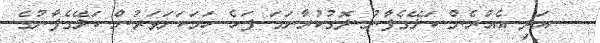
އަދި އެއުރެން ކަލޭގެފާނު ދޮގުކުރާނަމަ ފަހެ ހަމަކަށަވަރުން ކަލޭގެފާނުގެ